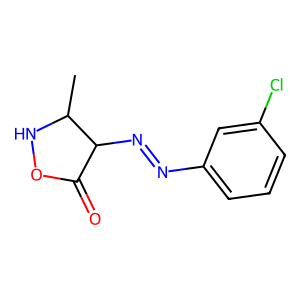
SMILES: CC1NOC(=O)C1N=Nc1cccc(Cl)c1
Inhibits HIV replication: No